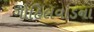
ગોહિલવાડના